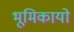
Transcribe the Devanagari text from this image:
भूमिकायो